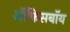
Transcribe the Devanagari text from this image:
ऑफिसबॉय